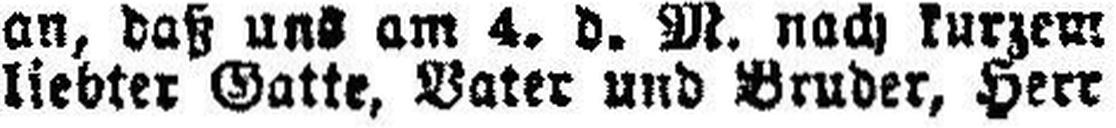
liebter Gatte, Vater und Bruder, Herr